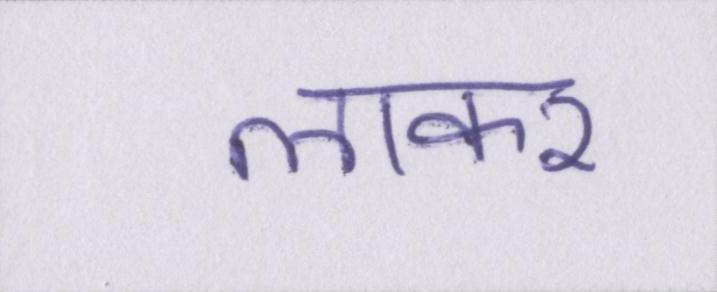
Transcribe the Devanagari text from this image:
लाकर